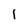
Character: I